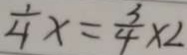
\frac { 1 } { 4 } x = \frac { 3 } { 4 } \times 2